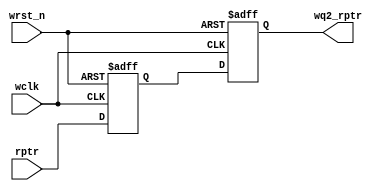
module sync_r2w(wq2_rptr,rptr,wclk, wrst_n); //Read-domain to write-domain synchronizer 
                                             //i.e converting read pointer to Wclk domain
parameter ADDRSIZE = 4;

output reg [ADDRSIZE:0] wq2_rptr;
input [ADDRSIZE:0] rptr;
input wclk, wrst_n;

reg [ADDRSIZE:0] wq1_rptr;

always @(posedge wclk or negedge wrst_n)
 if (!wrst_n) {wq2_rptr,wq1_rptr} <= 0;
 else {wq2_rptr,wq1_rptr} <= {wq1_rptr,rptr};

endmodule